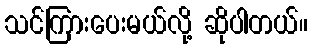
သင်ကြားပေးမယ်လို့ ဆိုပါတယ်။